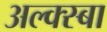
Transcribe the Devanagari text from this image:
अल्क्स्बा